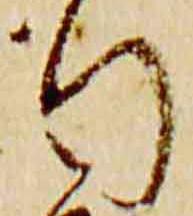
行